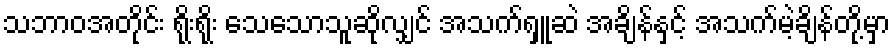
သဘာဝအတိုင်း ရိုးရိုး သေသောသူဆိုလျှင် အသက်ရှူဆဲ အချိန်နှင့် အသက်မဲ့ချိန်တို့မှာ